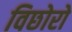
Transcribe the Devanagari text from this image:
विछोरो